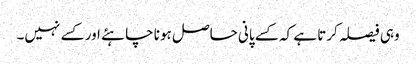
وہی فیصلہ کرتا ہے کہ کسے پانی حاصل ہونا چاہئے اور کسے نہیں۔